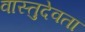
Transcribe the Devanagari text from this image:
वास्तुदेवता